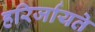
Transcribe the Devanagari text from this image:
हरिर्जायते